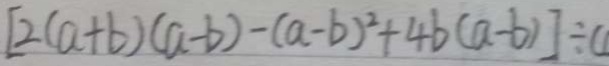
[ 2 ( a + b ) ( a - b ) - ( a - b ) ^ { 2 } + 4 b ( a - b ) ] \div (